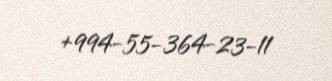
+994-55-364-23-11